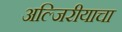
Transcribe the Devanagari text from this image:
अल्जिरीयाचा